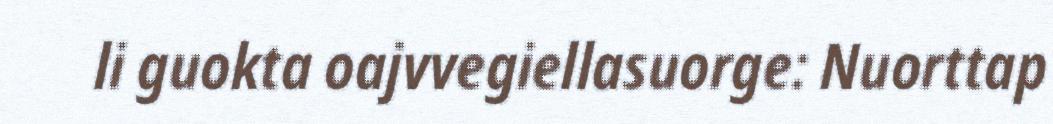
li guokta oajvvegiellasuorge: Nuorttap